Vaccination United Provinces of Agra and Oudh 1914-1922 - 1914-1922
Year: 1914
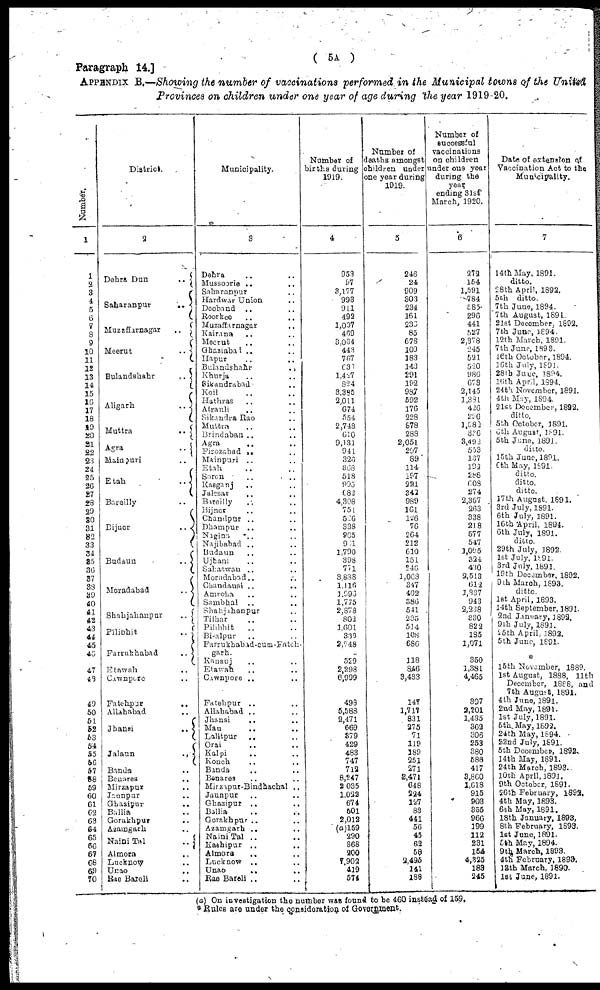
Paragraph 14.]
( 5A )
APPENDIX B.—Showing the number of vaccinations performed in the Municipal towns of the United
Provinces on children under one year of age during the year 1919-20.
Number.
1
1
2
3
4
5
6
7
8
9
10
11
12
13
14
15
16
17
18
19
20
21
22
23
24
25
26
27
28
29
30
31
32
33
34
35
36
37
38
39
40
41
42
43
44
45
46
47
48
49
50
51
52
53
54
55
56
57
58
59
60
61
62
63
64
65
66
67
68
69
70
District.
2
Dehra Dun
..
Saharanpur
..
Muzaffarnagar ..
Meerut
..
Bulandshahr
..
Aligarh
..
Muttra
..
Agra
..
Mainpuri ..
Etah
..
Bareilly
Bijnor
..
Budaun ..
Moradabad
..
Shahjahanpur
..
Pilibhit ..
Farruhhabad
..
Etawah ..
Cawnpore ..
Fatehpur
..
Allahabad ..
Jhansi
..
Jalaun
..
Banda ..
Benares ..
Mirzapur ..
Jaunpur ..
Ghazipur ..
Ballia ..
Gorakhpur ..
Azamgarh ..
Naini Tal
..
A1mora ..
Lucknow ..
Unao ..
Rae Bareli ..
Municipality.
3
Dehra .. ..
Mussoorie .. ..
Saharanpur ..
Hardwar Union ..
Deoband
.. ..
Roorkee .. ..
Muzaffarnagar ..
Kairana .. ..
Meerut .. ..
Ghaziabad .. ..
Hapur .. ..
Bulandshahr
..
Khurja .. ..
Sikandrabad ..
Koil .. ..
Hathras .. ..
Atrauli .. ..
Sikandra Rao ..
Muttar .. ..
Brindaban .. ..
Agra .. ..
Firozabad .. ..
Mainpuri
..
Etah .. ..
Soron .. ..
Kasganj .. ..
Jalesar .. ..
Bareilly .. ..
Bijnor .. ..
Chandpur .. ..
Dhampur .. ..
Nagina
.. ..
Najibabad .. ..
Budaun .. ..
Ujhani .. ..
Saharswan .. ..
Moradabad.. ..
Chandausi .. ..
Amroha .. ..
Sambhal .. ..
Shahjahanpur ..
Tilhar .. ..
Pilibhit .. ..
Bisalpur .. ..
Farrukhabad-cum-Fateh-
garh.
Kanauj .. ..
Etawah .. ..
Cawnpore .. ..
Fatehpur .. ..
Allahabad .. ..
Jhansi .. ..
Mau .. ..
Lalitpur .. ..
Orai .. ..
Kalpi .. ..
Konch .. ..
Banda .. ..
Benares .. ..
Mirzapur-Bindhachal ..
Jaunpur .. ..
Ghazipur .. ..
Ballia .. ..
Gorakhpur ..
Azamgarh .. ..
Naini Tal .. ..
Kashipur .. ..
Almora .. ..
Lucknow .. ..
Unao .. ..
Rae Bareli .. ..
Number of
births during
1919.
4
953
97
3,177
993
911
492
1,007
469
3,034
443
767
636
1,427
824
3,385
2,011
674
554
2,748
610
9,131
941
326
368
518
995
682
4,308
75l
526
338
965
961
1,790
398
771
3,888
1,116
1,996
1,775
2,878
802
1,691
339
2,248
529
2,298
6,999
498
5,588
2,471
669
379
429
483
747
712
8,247
2,035
1,022
674
501
2,012
(a)159
290
368
200
1,902
419
574
Number of
deaths amongst
children under
one year during
1919.
3
246
24
909
303
234
161
236
85
678
100
183
143
291
192
987
592
176
228
8798
288
2,051
297
89
114
197
221
342
989
161
126
76
264
212
610
151
246
1,068
347
402
386
541 .
235
514
108
686
118
846
3,483
141
1,711
831
275
71
119
189
251
271
2,471
648
224
127
83
441
56
45
62
58
2,496
141
188
Number of
successful
vaccinations
on children
under one year
during the
year
ending 31st
March, 1920.
6
272
154
1,591
784
585
296
441
527
2,378
245
521
520
986
673
2,145
1,381
426
296
1,582
336
3,492
553
137
192
288
608
274
2,367
263
338
218
577
547
1,095
324
430
2,513
612
1,337
943
2,238
330
822
185
1,971
350
1,381
4,465
307
2,201
1,435
362
306
253
380
586
417
3,860
1,618
915
903
355
966
199
112
231
154
4,825
183
245
Date of extension of
Vaccination Act to the
Municipality.
7
14thMay. 1891.
ditto.
28th April. 1892.
5th
ditto.
7tb June, 1894.
7th August, 1891
21st December. 1892.
7tb June, 1894
12th March, 1891.
7th June, 1893.
16th October, 1894.
16th July, 1891.
28th June, 1894.
16th Apri1, 1894.
24th November, 1891.
4th May, 1894
21st December, 1892.
ditto.
5th October, 1891.
6th August, 1891.
5tb June, 1891
ditto.
15th June, 1891.
6th May, 1891.
ditto.
ditto.
ditto.
17th August, 1891.
3rd July, 1891.
6th July, 1891.
16th April. 1894.
6th July, 1891.
ditto.
29th July, 1892
1st July. 1891.
3rd July, 1891
19th December. 1892.
9th March, 1893.
ditto.
1st April, 1893.
14th September, 1891
2nd January, 1892.
9th July, 1891.
15th April, 1892.
5th June, 1891.
* 15th November, 1889.
1st August, 1888. 11th
December, 1888, and
7th August. 1891.
4th June, 1891.
2nd May, 1891.
1st July, 1891.
5th May, 1892.
24th May, 1894.
22nd July, 1891.
5th December, 1892.
14th May, 1891.
24th March, 1893.
10th April, 1891.
9th October, 1891.
26th February, 1892.
4th May, 1893.
6th May, 1891.
18th January, 1893.
8th February, 1893.
1st June, 1891.
5th May, 1894.
9th March, 1893.
4th February, 1893.
13th March, 1890.
1st June, 1891.
(a) On investigation the number was found to be 460 instead of 159,
* Rules are under the consideration of Government.